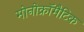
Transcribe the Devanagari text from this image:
मोनोक्रॉमैटिक